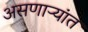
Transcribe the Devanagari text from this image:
असणाऱ्यांत